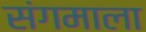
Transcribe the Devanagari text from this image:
संगमाला